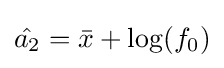
{\hat {a_{2}}}={\bar {x}}+\log(f_{0})